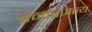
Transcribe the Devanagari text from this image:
तनावजन्य